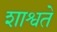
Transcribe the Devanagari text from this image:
शाश्वते